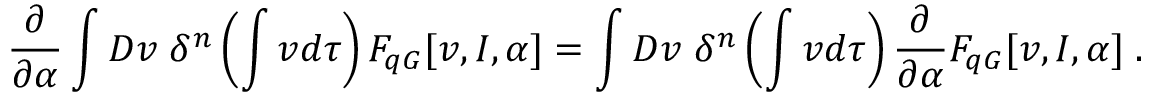
\frac { \partial } { \partial \alpha } \int { \cal D } v \; \delta ^ { n } \left( \int v d \tau \right) F _ { q G } [ v , I , \alpha ] = \int { \cal D } v \; \delta ^ { n } \left( \int v d \tau \right) \frac { \partial } { \partial \alpha } F _ { q G } [ v , I , \alpha ] \; .